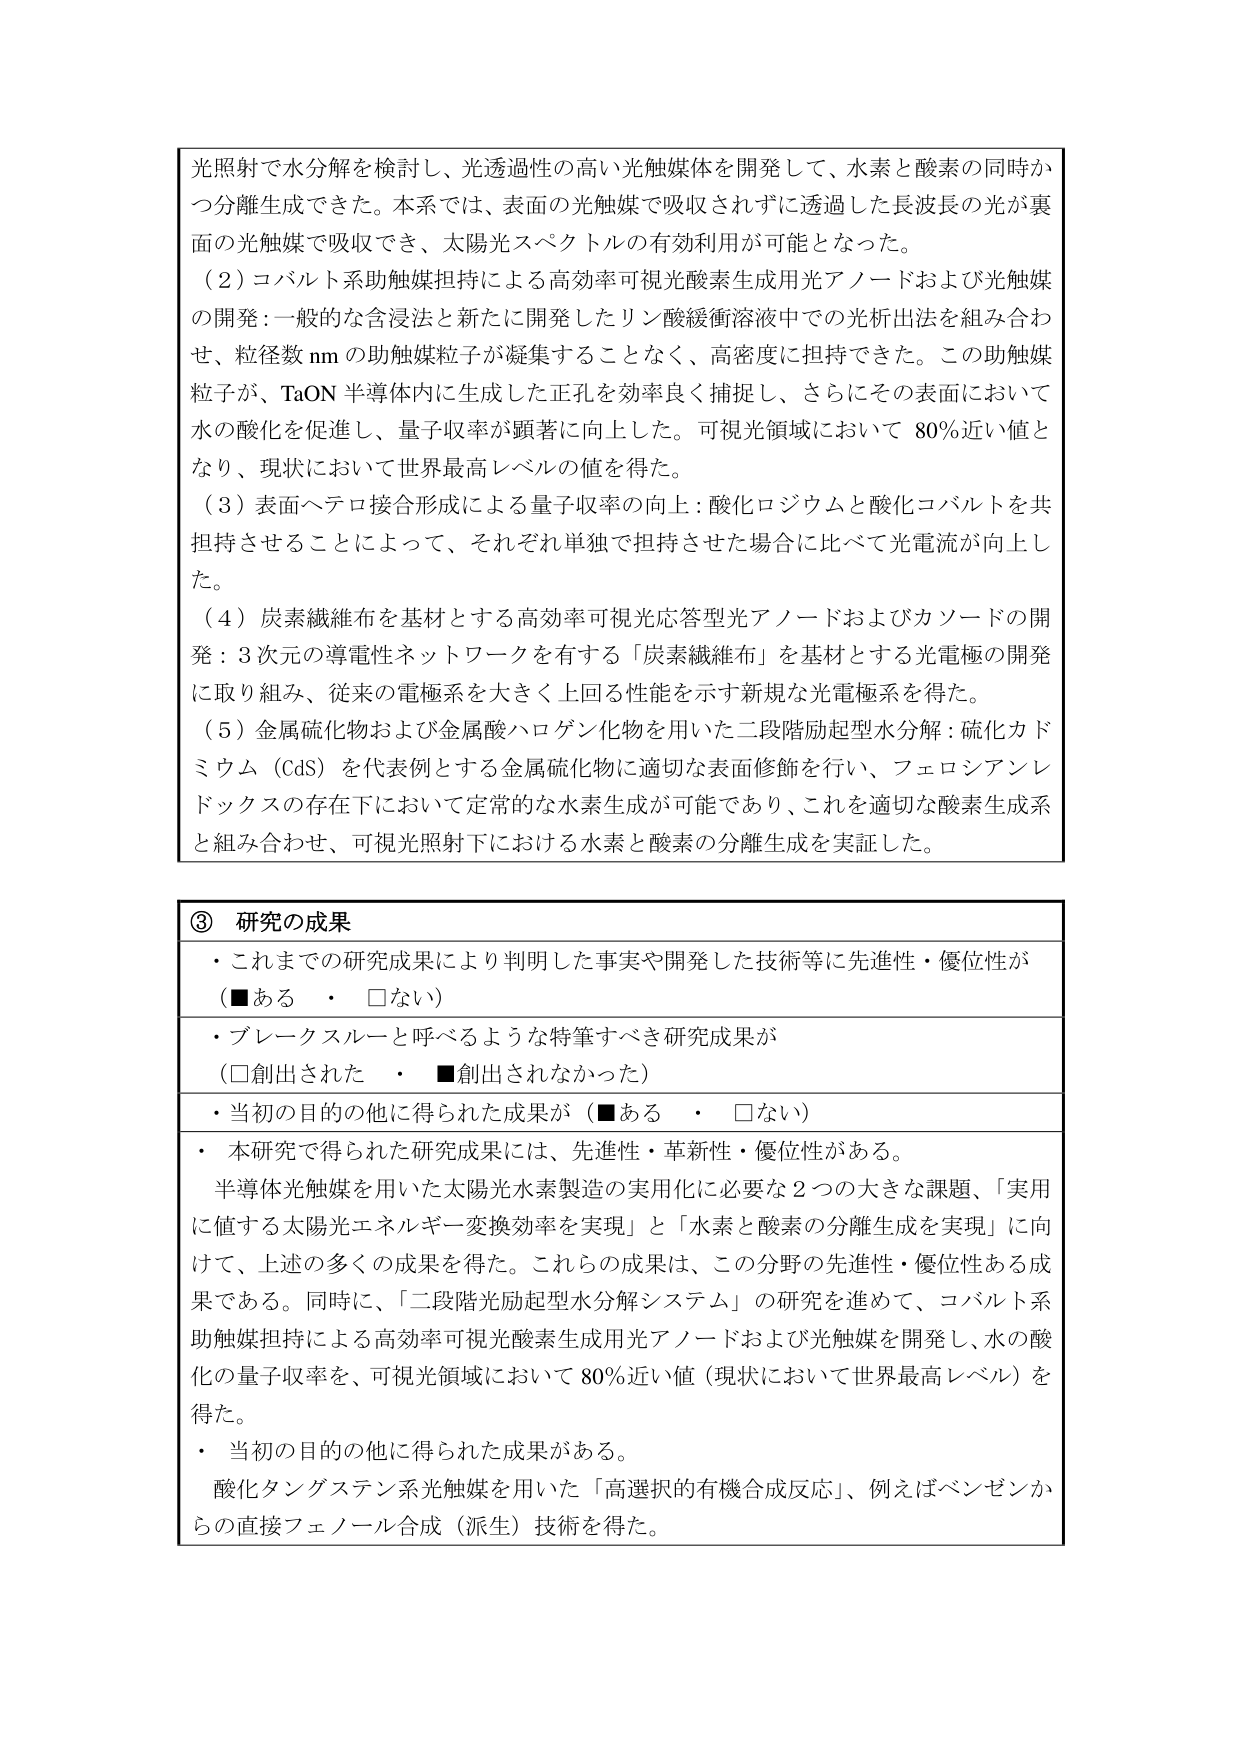
光照射で水分解を検討し、光透過性の高い光触媒体を開発して、水素と酸素の同時かつ分離生成できた。本系では、表面の光触媒で吸収されずに透過した長波長の光が裏面の光触媒で吸収でき、太陽光スペクトルの有効利用が可能となった。

（2）コバルト系助触媒担持による高効率可視光酸素生成用光アノードおよび光触媒の開発：一般的な含浸法と新たに開発したリン酸緩衝溶液中での光析出法を組み合わせ、粒径数 nm の助触媒粒子が凝集することなく、高密度に担持できた。この助触媒粒子が、TaON 半導体内に生成した正孔を効率良く捕捉し、さらにその表面において水の酸化を促進し、量子収率が顕著に向上した。可視光領域において 80％近い値となり、現状において世界最高レベルの値を得た。

（3）表面ヘテロ接合形成による量子収率の向上：酸化ロジウムと酸化コバルトを共担持させることによって、それぞれ単独で担持させた場合に比べて光電流が向上した。

（4）炭素繊維布を基材とする高効率可視光応答型光アノードおよびカソードの開発：3 次元の導電性ネットワークを有する「炭素繊維布」を基材とする光電極の開発に取り組み、従来の電極系を大きく上回る性能を示す新規な光電極系を得た。

（5）金属硫化物および金属酸ハロゲン化物を用いた二段階励起型水分解：硫化カドミウム（CdS）を代表例とする金属硫化物に適切な表面修飾を行い、フェロシアノレドックスの存在下において定常的な水素生成が可能であり、これを適切な酸素生成系と組み合わせ、可視光照射下における水素と酸素の分離生成を実証した。

③ 研究の成果
・これまでの研究成果により判明した事実や開発した技術等に先進性・優位性が（■ある　・　□ない）
・ブレークスルーと呼べるような特筆すべき研究成果が（□創出された　・　■創出されなかった）
・当初の目的の他に得られた成果が（■ある　・　□ない）
・本研究で得られた研究成果には、先進性・革新性・優位性がある。
半導体光触媒を用いた太陽光水素製造の実用化に必要な2つの大きな課題、「実用に値する太陽光エネルギー変換効率を実現」と「水素と酸素の分離生成を実現」に向けて、上述の多くの成果を得た。これらの成果は、この分野の先進性・優位性ある成果である。同時に、「二段階光励起型水分解システム」の研究を進めて、コバルト系助触媒担持による高効率可視光酸素生成用光アノードおよび光触媒を開発し、水の酸化の量子収率を、可視光領域において 80％近い値（現状において世界最高レベル）を得た。
・当初の目的の他に得られた成果がある。
酸化タングステン系光触媒を用いた「高選択的有機合成反応」、例えばベンゼンからの直接フェノール合成（派生）技術を得た。